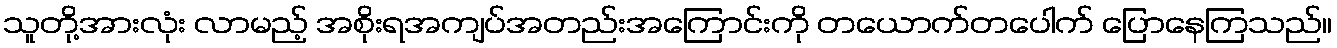
သူတို့အားလုံး လာမည့် အစိုးရအကျပ်အတည်းအကြောင်းကို တယောက်တပေါက် ပြောနေကြသည်။